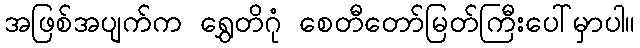
အဖြစ်အပျက်က ရွှေတိဂုံ စေတီတော်မြတ်ကြီးပေါ်မှာပါ။